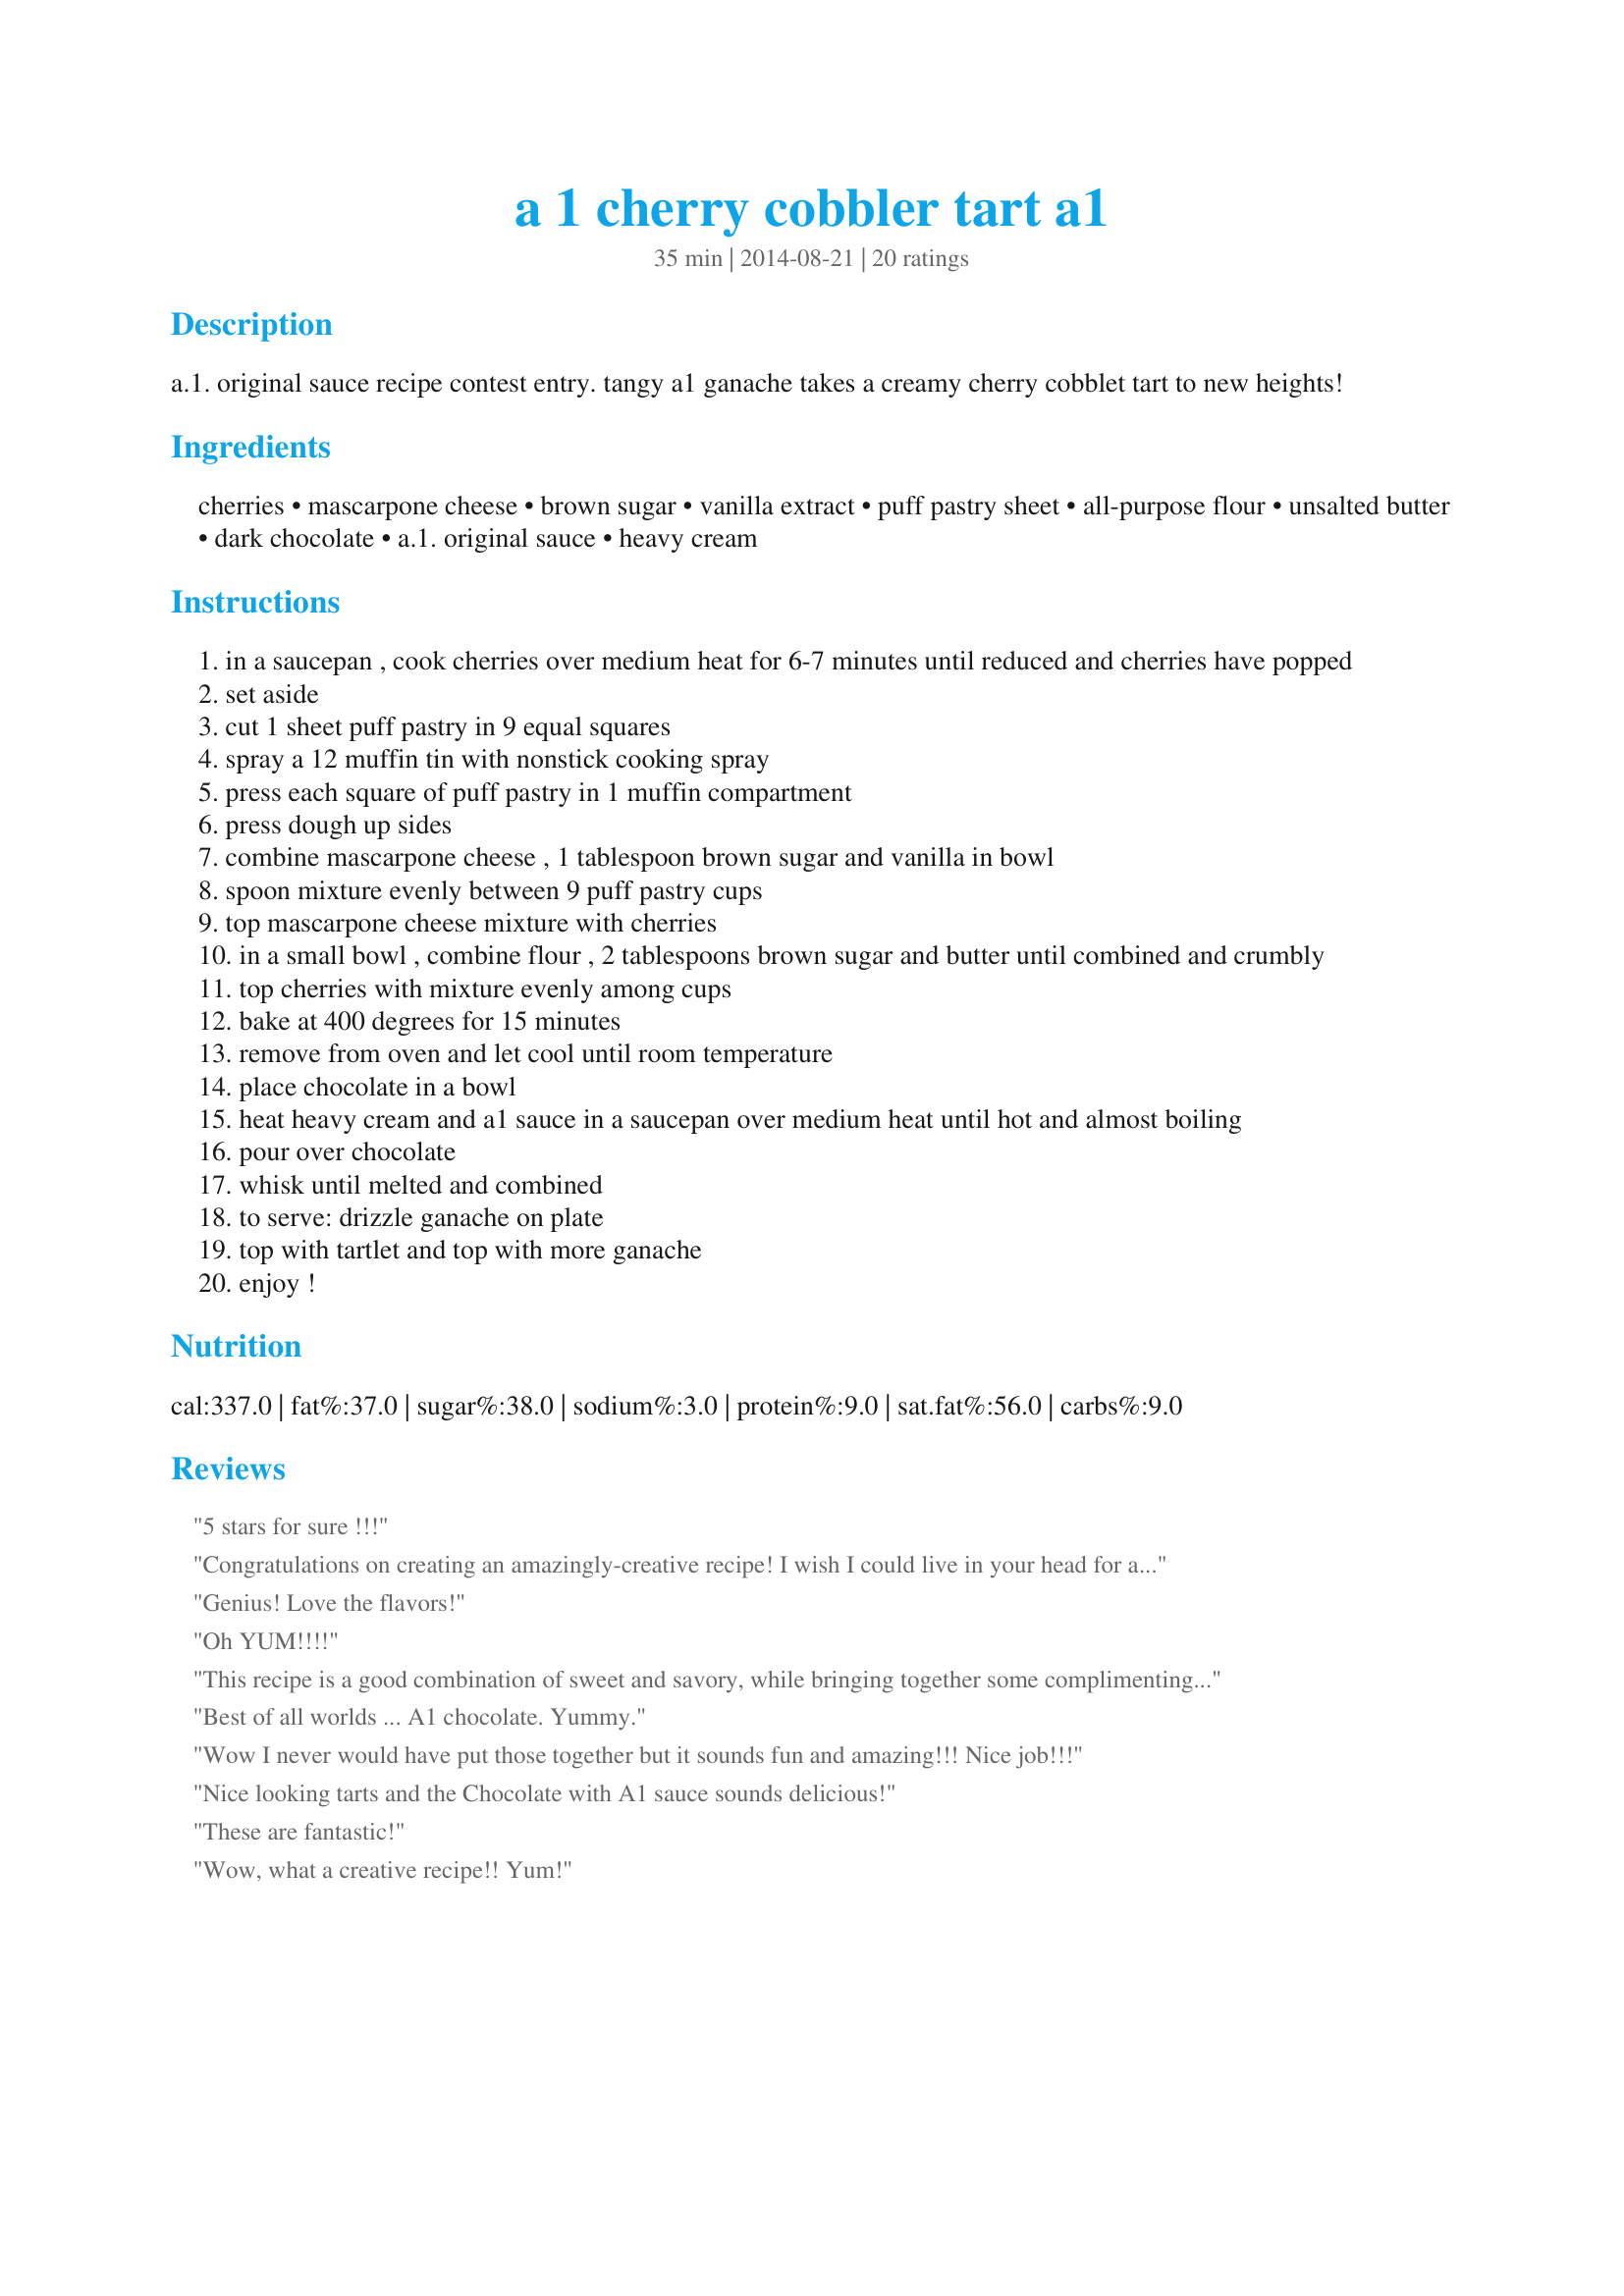
a 1 cherry cobbler tart a1
Preparation time: 35 minutes

a.1. original sauce recipe contest entry. tangy a1 ganache takes a creamy cherry cobblet tart to new heights!

Ingredients:
cherries, mascarpone cheese, brown sugar, vanilla extract, puff pastry sheet, all-purpose flour, unsalted butter, dark chocolate, a.1. original sauce, heavy cream

Steps:
in a saucepan , cook cherries over medium heat for 6-7 minutes until reduced and cherries have popped
set aside
cut 1 sheet puff pastry in 9 equal squares
spray a 12 muffin tin with nonstick cooking spray
press each square of puff pastry in 1 muffin compartment
press dough up sides
combine mascarpone cheese , 1 tablespoon brown sugar and vanilla in bowl
spoon mixture evenly between 9 puff pastry cups
top mascarpone cheese mixture with cherries
in a small bowl , combine flour , 2 tablespoons brown sugar and butter until combined and crumbly
top cherries with mixture evenly among cups
bake at 400 degrees for 15 minutes
remove from oven and let cool until room temperature
place chocolate in a bowl
heat heavy cream and a1 sauce in a saucepan over medium heat until hot and almost boiling
pour over chocolate
whisk until melted and combined
to serve: drizzle ganache on plate
top with tartlet and top with more ganache
enjoy !

Reviews:
5 stars for sure !!!
Congratulations on creating an amazingly-creative recipe! I wish I could live in your head for an hour! :-)
Genius! Love the flavors!
Oh YUM!!!!
This recipe is a good combination of sweet and savory, while bringing together some complimenting ingredients ! Hats off this this one !!
Best of all worlds ... A1 chocolate. Yummy.
Wow I never would have put those together but it sounds fun and amazing!!! Nice job!!!
Nice looking tarts and the Chocolate with A1 sauce sounds delicious!
These are fantastic!
Wow, what a creative recipe!! Yum!
I love this recipe!!! Absolutely delicious!!!
This looks so wonderful!
I love the creativity !!!! Waaay to go !!!
Perfect balance of components. Impressive depth of flavor layering...
How creative!!
totally unexpected and creative
Deliciously creative!
How creative!!!!!! Awesome recipe!!!
What an awesome idea...such a creative use of A1!
Great recipe! I&#039;ll definitely be making this very soon!!!!
